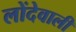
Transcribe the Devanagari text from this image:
लोंदेवाली